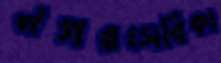
নগরসেবিকা